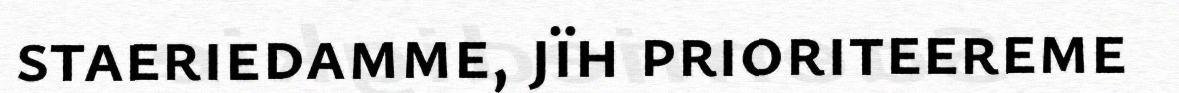
staeriedamme, jïh prioriteereme